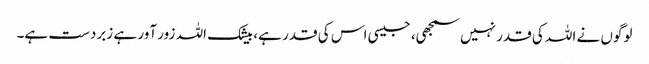
لوگوں نے اللہ کی قدر نہیں سمجھی، جیسی اس کی قدر ہے، بیشک اللہ زور آور ہے زبردست ہے۔